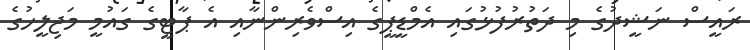
ރައީސް ނަޝީދުގެ މި ދަތުރުފުޅުގައި އެމްޑީޕީގެ އިސްވެރިންނާއި އެ ޕާޓީގެ ގައުމީ މަޖިލީހުގެ